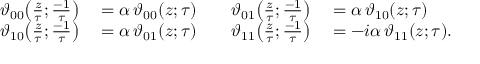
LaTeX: \begin{array} { r l r l } { \vartheta _ { 0 0 } \! \left( { \frac { z } { \tau } } ; { \frac { - 1 } { \tau } } \right) } & { { } = \alpha \, \vartheta _ { 0 0 } ( z ; \tau ) \quad } & { \vartheta _ { 0 1 } \! \left( { \frac { z } { \tau } } ; { \frac { - 1 } { \tau } } \right) } & { { } = \alpha \, \vartheta _ { 1 0 } ( z ; \tau ) } \\ { \vartheta _ { 1 0 } \! \left( { \frac { z } { \tau } } ; { \frac { - 1 } { \tau } } \right) } & { { } = \alpha \, \vartheta _ { 0 1 } ( z ; \tau ) \quad } & { \vartheta _ { 1 1 } \! \left( { \frac { z } { \tau } } ; { \frac { - 1 } { \tau } } \right) } & { { } = - i \alpha \, \vartheta _ { 1 1 } ( z ; \tau ) . } \end{array}